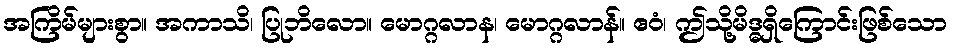
အကြိမ်များစွာ။ အကာသိ၊ ပြုဘိလော။ မောဂ္ဂလာန၊ မောဂ္ဂလာန်။ ဧဝံ၊ ဤသို့မိဒ္ဓရှိကြောင်းဖြစ်သော